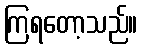
ကြရတော့သည်။